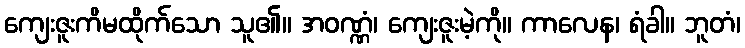
ကျေးဇူးကိမထိုက်သော သူ၏။ အဝဏ္ဏံ၊ ကျေးဇူးမဲ့ကို။ ကာလေန၊ ရံခါ။ ဘူတံ၊